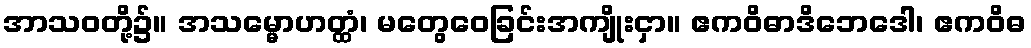
အာသဝတို့၌။ အသမ္မောဟတ္ထံ၊ မတွေဝေခြင်းအကျိုးငှာ။ ဧကဝိဓာဒိဘေဒေါ၊ ဧကဝိဓ